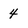
Character: 4